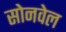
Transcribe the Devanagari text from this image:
सोनवेल